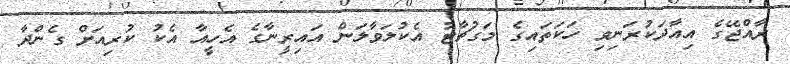
ރާއްޖޭގެ އިއާދަކުރަނިވި ހަކަތައިގެ މަގުޗާޓު އެކުލަވާލަން އައިރީނާގެ އެހީއާ އެކު ކުރިއަށް ގެންދާ